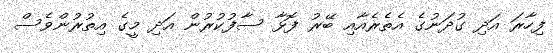
ފިހާރަ އަދި ގުދަނުގެ އެތެރެއާއި ބޭރު ފޮޅާ ސާފުކުރުން އަދި މީގެ އިތުރުންވެސް